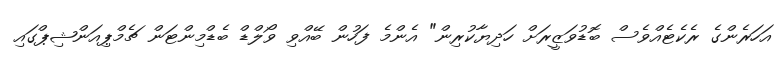
އަހަރެންގެ ރެކެޓެއްވެސް ބޮޑުވަޒީރަށް ހަދިޔާކުރިން" އެންމެ ފަހުން ބޭއްވި ވޯލްޑް ބެޑްމިންޓަން ޗެމްޕިއަންޝިޕްގައި